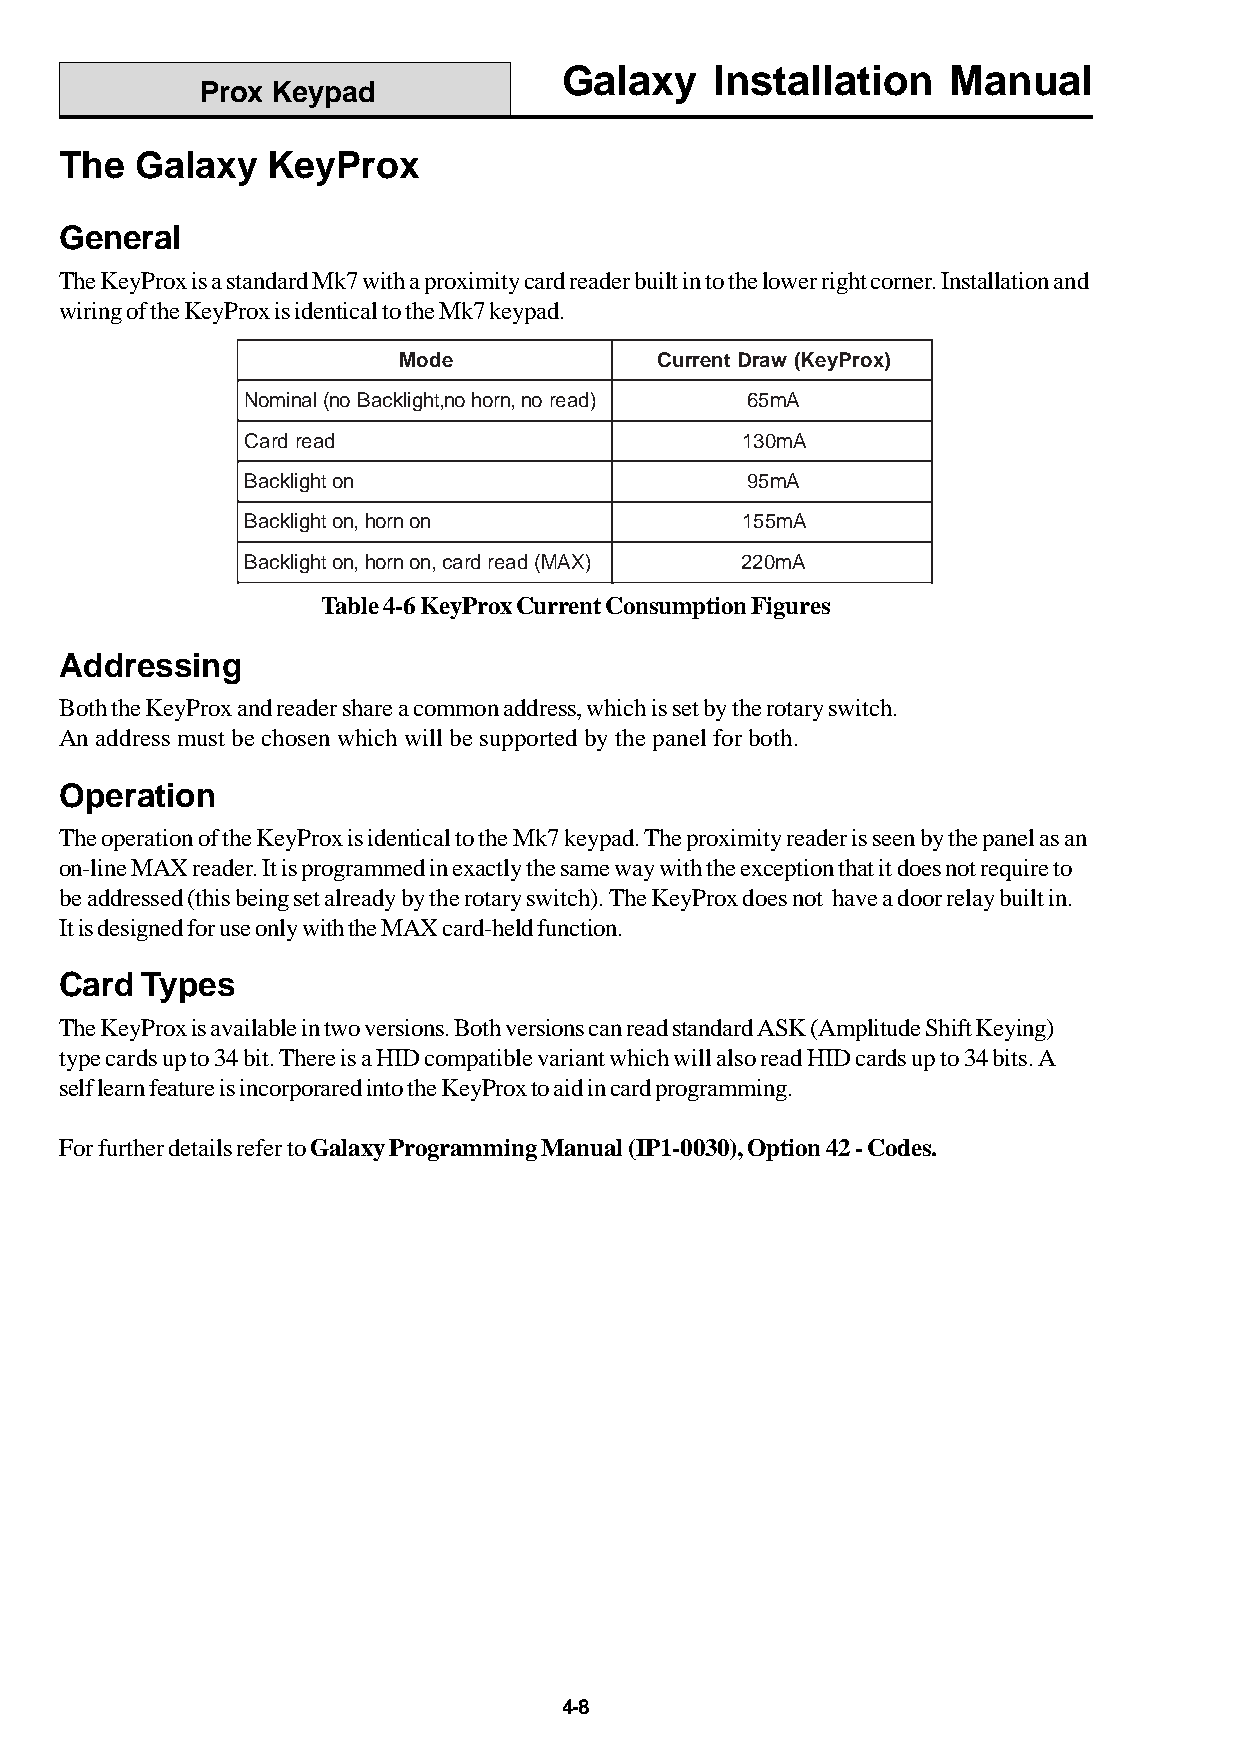
Galaxy    Installation    Manual
 Prox Keypad
 The  Galaxy   KeyProx
 General
 The KeyProx is a standard Mk7 with a proximity card reader built in to the lower right corner. Installation and
 wiring of the KeyProx is identical to the Mk7 keypad.
 Mode             CurrentDraw (KeyProx)
 Nominal(no Backlight,no horn,no read) 65mA
 Card read                        130mA
 Backlighton                      95mA
 Backlighton,hornon               155mA
 Backlighton,hornon,card read (MAX) 220mA
 Table 4-6 KeyProx Current Consumption Figures
 Addressing
 Both the KeyProx and reader share a common address, which is set by the rotary switch.
 An address must be chosen which will be supported by the panel for both.
 Operation
 The operation of the KeyProx is identical to the Mk7 keypad. The proximity reader is seen by the panel as an
 on-line MAX reader. It is programmed in exactly the same way with the exception that it does not require to
 be addressed (this being set already by the rotary switch). The KeyProx does not have a door relay built in.
 It is designed for use only with the MAX card-held function.
 Card Types
 The KeyProx is available in two versions. Both versions can read standard ASK (Amplitude Shift Keying)
 type cards up to 34 bit. There is a HID compatible variant which will also read HID cards up to 34 bits. A
 self learn feature is incorporared into the KeyProx to aid in card programming.
 For further details refer to Galaxy Programming Manual (IP1-0030), Option 42 - Codes.
 4-8